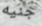
جنيه